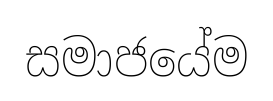
සමාජයේම